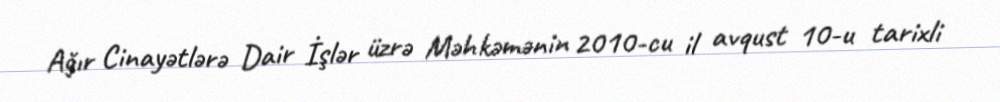
Ağır Cinayətlərə Dair İşlər üzrə Məhkəmənin 2010-cu il avqust 10-u tarixli